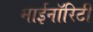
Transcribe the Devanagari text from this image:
माईनॉरिटी